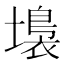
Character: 𡑩